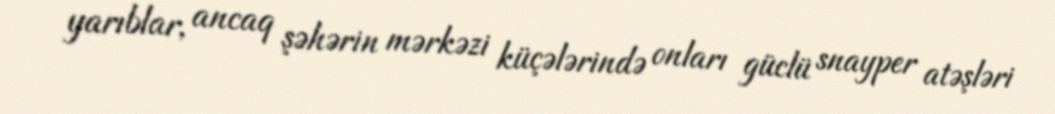
yarıblar, ancaq şəhərin mərkəzi küçələrində onları güclü snayper atəşləri